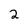
Character: 2